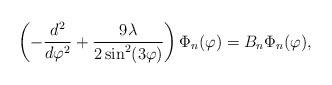
\begin{align*}\left( -\frac{d^{2}}{d\varphi ^{2}}+\frac{9\lambda }{2\sin^{2}(3\varphi )}\right) \Phi_n (\varphi )=B_n\Phi_n (\varphi ), \end{align*}